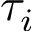
\tau _ { i }